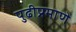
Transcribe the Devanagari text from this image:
पुढीप्रमाणे